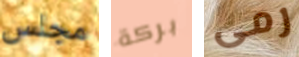
مجلس بركة رمى